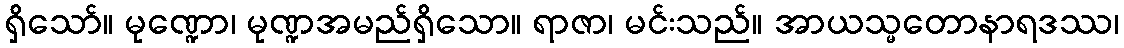
ရှိသော်။ မုဏ္ဍော၊ မုဏ္ဍအမည်ရှိသော။ ရာဇာ၊ မင်းသည်။ အာယသ္မတောနာရဒဿ၊